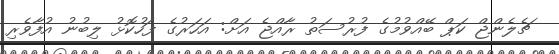
ޗެލެންޖް ކަޕް ބޭއްވުމުގެ ފުރުސަތު ރާއްޖެ އަށް: އަހަރުގެ ފަހުކޮޅު ލިބުނު އުފާވެރި